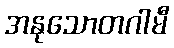
အနုသောတဂါမီ